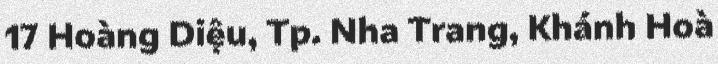
17 Hoàng Diệu, Tp. Nha Trang, Khánh Hoà